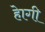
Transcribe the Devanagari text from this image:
हेागी